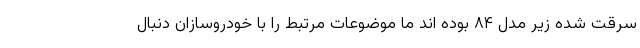
سرقت شده زیر مدل ۸۴ بوده اند ما موضوعات مرتبط را با خودروسازان دنبال